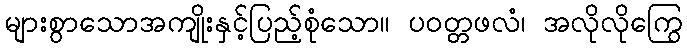
များစွာသောအကျိုးနှင့်ပြည့်စုံသော။ ပဝတ္တဖလံ၊ အလိုလိုကြွေ